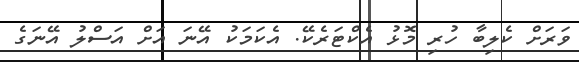
ވަރަށް ކެލިބާ ހުރި މޮޅު އެކްޓަރެކޭ. އެކަމަކު އޭނަ އަށް އަސްލު އޭނަގެ